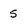
Character: 5